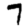
Digit: 7